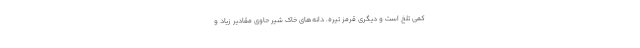
کمی تلخ است و دیگری قرمز تیره. دانه‌های خاک شیر حاوی مقادیر زیاد و